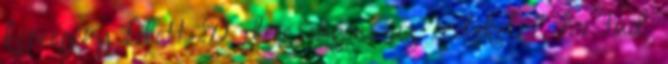
képregény felett :D deee engem az érdekelne, ha tud